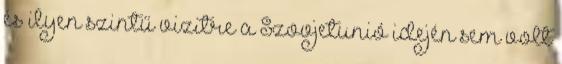
és ilyen szintű vizitre a Szovjetunió idején sem volt